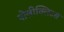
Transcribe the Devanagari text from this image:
पोलीक्लिटस